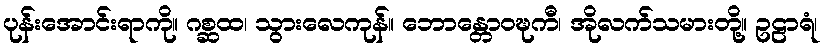
ပုန်းအောင်းရာကို။ ဂစ္ဆထ၊ သွားလေကုန်။ ဘောန္တောဝဍ္ဎကီ၊ အိုလက်သမားတို့။ ဥဠာရံ၊